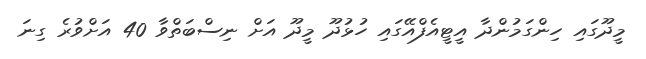
މީދޫގައި ހިންގަމުންދާ އީޓީއެފްއޭގައި ހުޅުދޫ މީދޫ އަށް ނިސްބަތްވާ 40 އަށްވުރެ ގިނަ